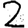
Digit: 2